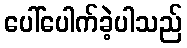
ပေါ်ပေါက်ခဲ့ပါသည်